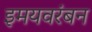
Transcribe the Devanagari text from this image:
इमयवरंबन